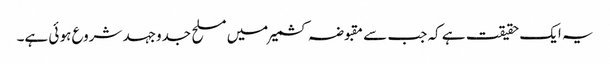
یہ ایک حقیقت ہے کہ جب سے مقبوضہ کشمیر میں مسلح جدوجہد شروع ہو ئی ہے۔